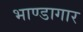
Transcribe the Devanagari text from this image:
भाण्डागार